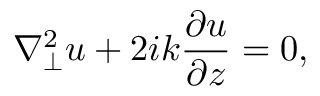
\nabla _ { \perp } ^ { 2 } u + 2 i k { \frac { \partial u } { \partial z } } = 0 ,